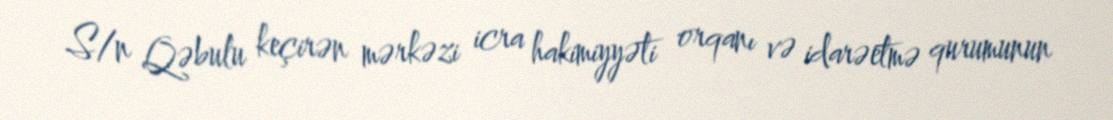
S/n Qəbulu keçirən mərkəzi icra hakimiyyəti orqanı və idarəetmə qurumunun